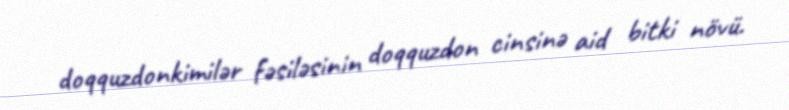
doqquzdonkimilər fəsiləsinin doqquzdon cinsinə aid bitki növü.